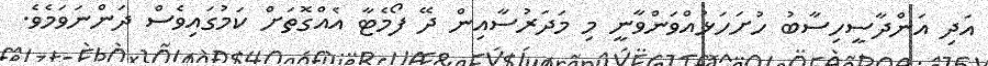
އަދި އަންދާސީހިސާބު ހުށަހަޅުއްވަންވާނީ މި މަދަރުސާއިން ދޭ ފޯމެޓާ އެއްގޮތަށް ކަމުގައިވެސް ދަންނަވަމެވެ.